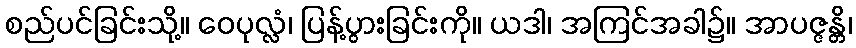
စည်ပင်ခြင်းသို့။ ဝေပုလ္လံ၊ ပြန့်ပွားခြင်းကို။ ယဒါ၊ အကြင်အခါ၌။ အာပဇ္ဇန္တိ၊